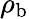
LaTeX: \mathbf{\rho}_{\mathrm{b}}